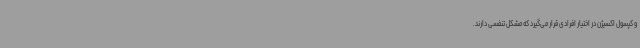
و کپسول اکسیژن در اختیار افرادی قرار می‌گیرد که مشکل تنفسی دارند.